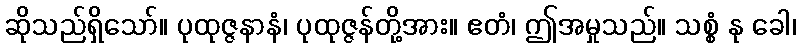
ဆိုသည်ရှိသော်။ ပုထုဇ္ဇနာနံ၊ ပုထုဇ္ဇန်တို့အား။ ဧတံ၊ ဤအမှုသည်။ သစ္စံ နု ခေါ၊